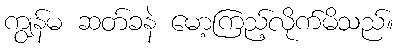
ကျွန်မ ဆတ်ခနဲ မော့ကြည့်လိုက်မိသည်။